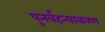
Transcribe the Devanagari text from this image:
पुनर्वहन्‍याकरण